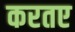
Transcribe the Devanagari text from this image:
करतए